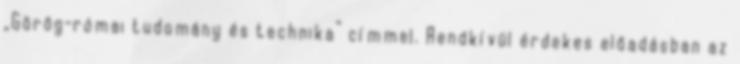
„Görög-római tudomány és technika” címmel. Rendkívül érdekes előadásban az